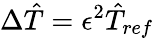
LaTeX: \Delta\hat{T}=\epsilon^{2}\hat{T}_{ref}